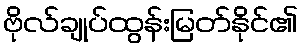
ဗိုလ်ချုပ်ထွန်းမြတ်နိုင်၏